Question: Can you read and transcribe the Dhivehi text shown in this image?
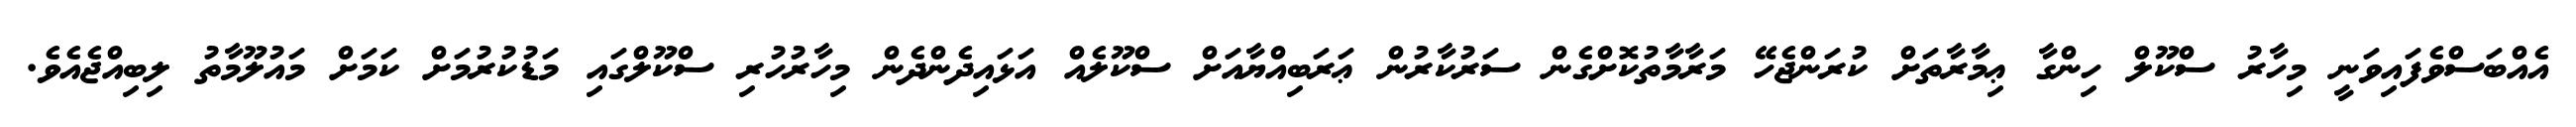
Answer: އެއްބަސްވެފައިވަނީ މިހާރު ސްކޫލް ހިންގާ ޢިމާރާތަށް ކުރަންޖެހޭ މަރާމާތުކޮށްގެން ސަރުކާރުން ޢަރަބިއްޔާއަށް ސްކޫލެއް އަޅައިދެންދެން މިހާރުހުރި ސްކޫލްގައި މަޑުކުރުމަށް ކަމަށް މައުލޫމާތު ލިބިއްޖެއެވެ.